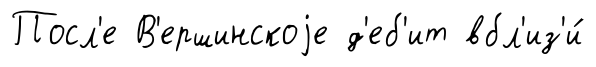
Посл'е В'ершинскоjе д'еб'ит вбл'из'и́